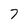
Character: 7